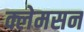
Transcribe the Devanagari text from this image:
क्लेमसन